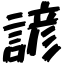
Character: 諺